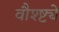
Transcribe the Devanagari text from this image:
वौश्ष्ट्ये